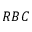
R B C